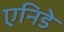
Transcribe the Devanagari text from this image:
एनिडे